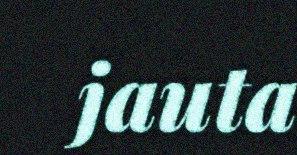
jauta